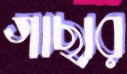
গাছার